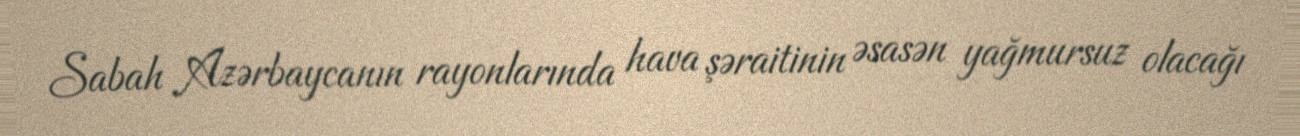
Sabah Azərbaycanın rayonlarında hava şəraitinin əsasən yağmursuz olacağı